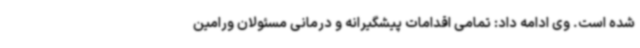
شده است. وی ادامه داد: تمامی اقدامات پیشگیرانه و درمانی مسئولان ورامین